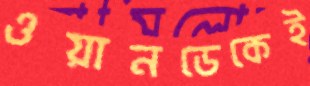
ওয়ানডেকেই